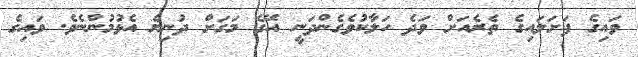
ވައިގެ ފަށަލައިގެ ތެރެއަށް ވަދެ ހަލާކުވެގެންދަނީ އޭގެ މަގަށް ދުނިޔެ އެޅުމުންނެވެ. ވައިގެ